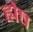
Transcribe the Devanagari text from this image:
ह्येष